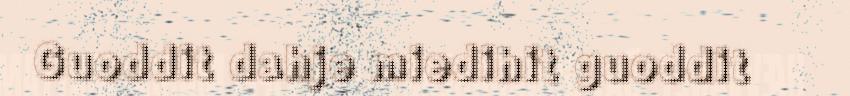
Guoddit dahje miedihit guoddit